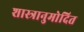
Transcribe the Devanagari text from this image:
शास्त्रानुमोदित